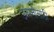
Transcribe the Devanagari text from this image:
उत्पत्तीसाठी